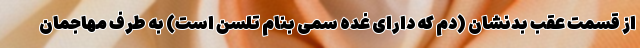
از قسمت عقب بدنشان (دم که دارای غده سمی بنام تلسن است) به طرف مهاجمان